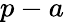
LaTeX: p-a